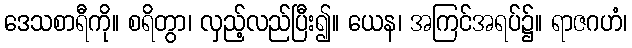
ဒေသစာရီကို။ စရိတွာ၊ လှည့်လည်ပြီး၍။ ယေန၊ အကြင်အရပ်၌။ ရာဇဂဟံ၊